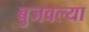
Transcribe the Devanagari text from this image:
बुजवल्या